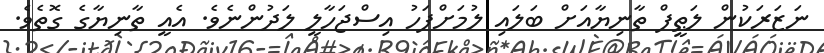
ނަޒަރަކުން ލަޠީފް ތާނިޔާއަށް ބަލައި ލުމަށްފަހު އިސްޖަހާލީ ލަދުންނެވެ. އެއީ ތާނިޔާގެ ގޮތެވެ.